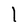
Character: l